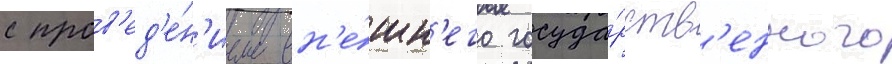
с пров'ед'е́н'ием вн'е́шн'его госуда́рств'енного